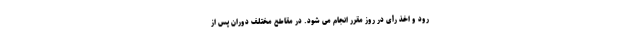
رود و اخذ رأی در روز مقرر انجام می شود. در مقاطع مختلف دوران پس از